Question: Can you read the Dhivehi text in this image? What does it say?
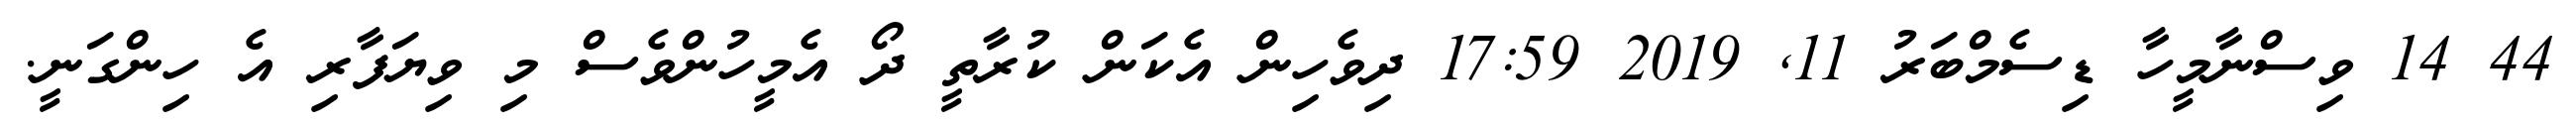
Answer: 44 14 ވިސްނާމީހާ ޑިސެމްބަރު 11, 2019 17:59 ދިވެހިން އެކަން ކުރާތީ ދޯ އެމީހުންވެސް މި ވިޔަފާރި އެ ހިންގަނީ.